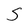
Character: S